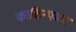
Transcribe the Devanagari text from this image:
काठिन्यकर